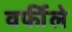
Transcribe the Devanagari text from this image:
वर्फीले